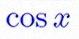
\cos x